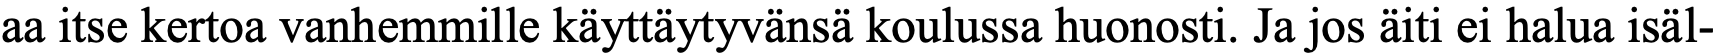
aa itse kertoa vanhemmille käyttäytyvänsä koulussa huonosti. Ja jos äiti ei halua isäl-